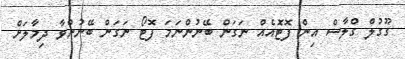
ގޫގުލް ގްލާސް އިން ފޮޓޮއެއް ނަގަން ބޭނުންނަމަ ފޮޓޯ ނަގަން ބޭނުންވާ ދިމާލަށް